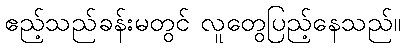
ဧည့်သည်ခန်းမတွင် လူတွေပြည့်နေသည်။